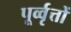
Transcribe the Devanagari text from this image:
पूर्व्वृत्तों